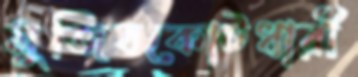
মুজিবকোটধারী